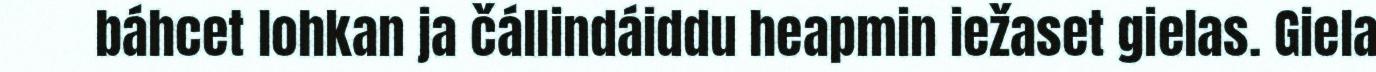
báhcet lohkan ja čállindáiddu heapmin iežaset gielas. Giela